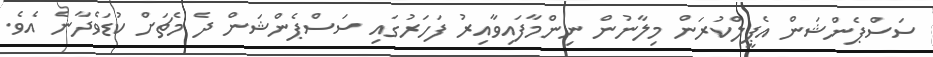
ސަސްޕެންޝަން އެޕީލްކުރަން މިލާނުން ނިންމާފައިވާއިރު ފަހަރުގައި ސަސްޕެންޝަން ދެ މެޗަށް ކުޑަވެދާނެ އެވެ.